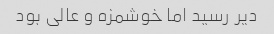
دیر رسید اما خوشمزه و عالى بود